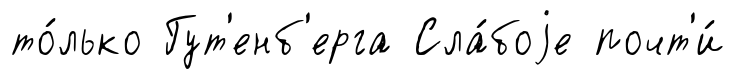
то́лько Гут'енб'ерга Сла́боjе почт'и́